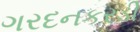
ગરદનકરડી